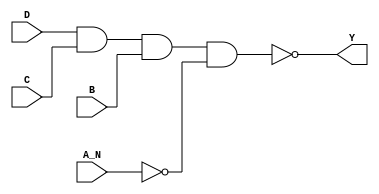
/*
 * Copyright 2020 The SkyWater PDK Authors
 *
 * Licensed under the Apache License, Version 2.0 (the "License");
 * you may not use this file except in compliance with the License.
 * You may obtain a copy of the License at
 *
 *     https://www.apache.org/licenses/LICENSE-2.0
 *
 * Unless required by applicable law or agreed to in writing, software
 * distributed under the License is distributed on an "AS IS" BASIS,
 * WITHOUT WARRANTIES OR CONDITIONS OF ANY KIND, either express or implied.
 * See the License for the specific language governing permissions and
 * limitations under the License.
 *
 * SPDX-License-Identifier: Apache-2.0
*/


`ifndef SKY130_FD_SC_LP__NAND4B_FUNCTIONAL_V
`define SKY130_FD_SC_LP__NAND4B_FUNCTIONAL_V

/**
 * nand4b: 4-input NAND, first input inverted.
 *
 * Verilog simulation functional model.
 */

`timescale 1ns / 1ps
`default_nettype none

`celldefine
module sky130_fd_sc_lp__nand4b (
    Y  ,
    A_N,
    B  ,
    C  ,
    D
);

    // Module ports
    output Y  ;
    input  A_N;
    input  B  ;
    input  C  ;
    input  D  ;

    // Local signals
    wire not0_out   ;
    wire nand0_out_Y;

    //   Name   Output       Other arguments
    not  not0  (not0_out   , A_N              );
    nand nand0 (nand0_out_Y, D, C, B, not0_out);
    buf  buf0  (Y          , nand0_out_Y      );

endmodule
`endcelldefine

`default_nettype wire
`endif  // SKY130_FD_SC_LP__NAND4B_FUNCTIONAL_V